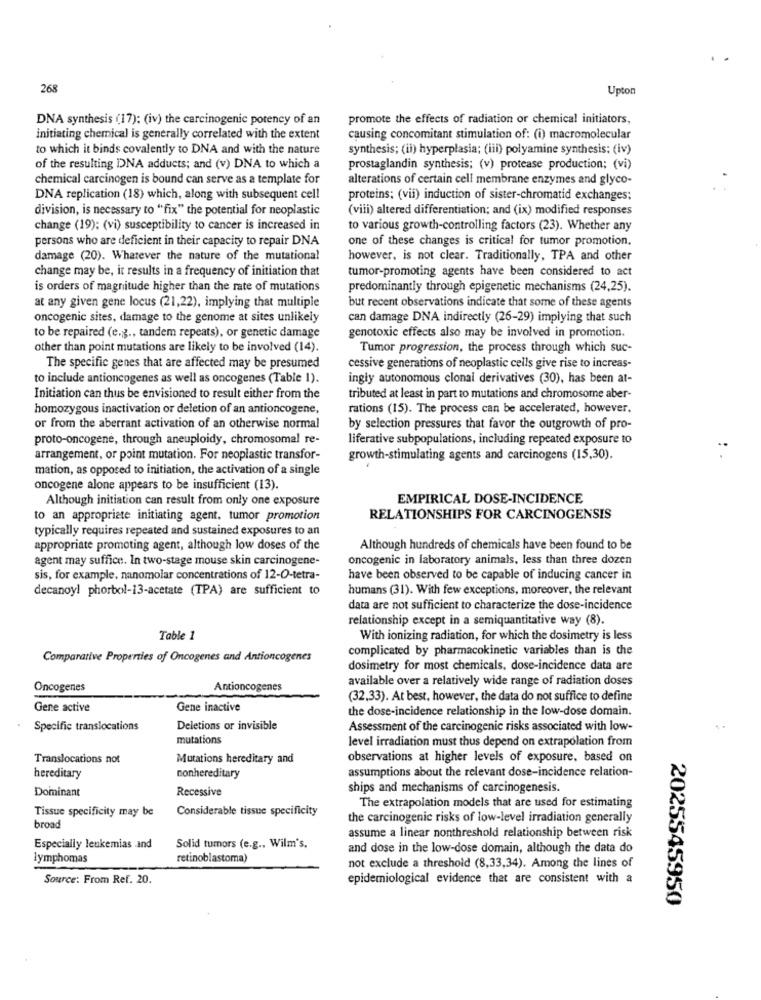
268
Upton
DNA synthesis (17): (iv) the carcinogenic potency of an
promote the effects of radiation or chemical initiators,
initiating chemical is generally correlated with the extent
causing concomitant stimulation of: (i) macromolecular
to which it binds covalently to DNA and with the nature
synthesis; (ii) hyperplasia; (iii) polyamine synthesis: (iv)
of the resulting DNA adducts; and (v) DNA to which a
prostaglandin synthesis; (v) protease production; (vi)
chemical carcinogen is bound can serve as a template for
alterations of certain cell membrane enzymes and glyco-
DNA replication (18) which, along with subsequent cell
proteins; (vii) induction of sister-chromatid exchanges;
division, is necessary to "fix" the potential for neoplastic
(vili) altered differentiation; and (ix) modified responses
change (19); (vi) susceptibility to cancer is increased in
to various growth-controlling factors (23). Whether any
persons who are deficient in their capacity to repair DNA
one of these changes is critical for tumor promotion.
damage (20). Whatever the nature of the mutational
however, is not clear. Traditionally, TPA and other
change may be, it results in a frequency of initiation that
tumor-promoting agents have been considered to act
is orders of magnitude higher than the rate of mutations
predominantly through epigenetic mechanisms (24,25).
at any given gene locus (21,22), implying that multiple
but recent observations indicate that some of these agents
oncogenic sites, damage to the genome at sites unlikely
can damage DNA indirectly (26-29) implying that such
to be repaired (e.g ., tandem repeats), or genetic damage
genotoxic effects also may be involved in promotion.
other than point mutations are likely to be involved (14).
Tumor progression, the process through which suc-
The specific genes that are affected may be presumed
cessive generations of neoplastic cells give rise to increas-
to include antioncogenes as well as oncogenes (Table 1).
ingly autonomous clonal derivatives (30), has been at-
Initiation can thus be envisioned to result either from the
tributed at least in part to mutations and chromosome aber-
homozygous inactivation or deletion of an antioncogene,
rations (15). The process can be accelerated, however.
or from the aberrant activation of an otherwise normal
by selection pressures that favor the outgrowth of pro-
proto-oncogene, through aneuploidy, chromosomal re-
liferative subpopulations, including repeated exposure to
arrangement, or point mutation. For neoplastic transfor-
growth-stimulating agents and carcinogens (15,30).
mation, as opposed to initiation, the activation of a single
oncogene alone appears to be insufficient (13).
Although initiation can result from only one exposure
EMPIRICAL DOSE-INCIDENCE
to an appropriate initiating agent, tumor promotion
RELATIONSHIPS FOR CARCINOGENSIS
typically requires repeated and sustained exposures to an
appropriate promoting agent, although low doses of the
Although hundreds of chemicals have been found to be
agent may suffice. In two-stage mouse skin carcinogene-
oncogenic in laboratory animals, less than three dozen
sis, for example, nanomolar concentrations of 12-O-tetra-
have been observed to be capable of inducing cancer in
decanoyl phorbol-13-acetate (TPA) are sufficient to
humans (31). With few exceptions, moreover, the relevant
data are not sufficient to characterize the dose-incidence
relationship except in a semiquantitative way (8).
Table 1
With ionizing radiation, for which the dosimetry is less
complicated by pharmacokinetic variables than is the
Comparative Properties of Oncogenes and Antioncogenes
dosimetry for most chemicals, dose-incidence data are
available over a relatively wide range of radiation doses
Oncogenes
Antioncogenes
(32,33). At best, however, the data do not suffice to define
Gene active
Gene inactive
the dose-incidence relationship in the low-dose domain.
Specific translocations
Deletions or invisible
Assessment of the carcinogenic risks associated with low-
mutations
level irradiation must thus depend on extrapolation from
Translocations not
Mutations hereditary and
observations at higher levels of exposure, based on
assumptions about the relevant dose-incidence relation-
hereditary
nonhereditary
Dominant
Recessive
ships and mechanisms of carcinogenesis.
The extrapolation models that are used for estimating
Considerable tissue specificity
Tissue specificity may be
the carcinogenic risks of low-level irradiation generally
broad
assume a linear nonthreshold relationship between risk
Especially leukemias .and
Solid tumors (e.g ., Wilm's.
and dose in the low-dose domain, although the data do
lymphomas
retinoblastoma)
not exclude a threshold (8,33,34). Among the lines of
Source: From Ref. 20.
epidemiological evidence that are consistent with a
2025545950